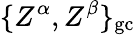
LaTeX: \{ Z^{\alpha},Z^{\beta}\} _{\mathrm{gc}}